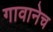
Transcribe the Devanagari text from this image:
गावानेच